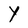
Character: Y